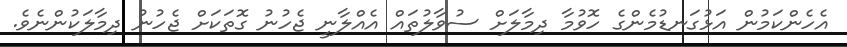
އެހެންކަމުން އަޅުގަނޑުމެންގެ ހޮވުމާ ދިމާލަށް ސުވާލުތައް އެއްލާނީ ޖެހުނު ގޮތަކަށް ޖެހުނު ދިމާލަކުންނެވެ.